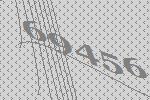
69456